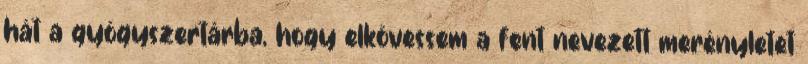
hát a gyógyszertárba, hogy elkövessem a fent nevezett merényletet